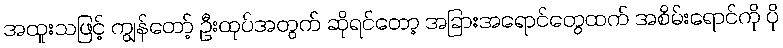
အထူးသဖြင့် ကျွန်တော့် ဦးထုပ်အတွက် ဆိုရင်တော့ အခြားအရောင်တွေထက် အစိမ်းရောင်ကို ပို